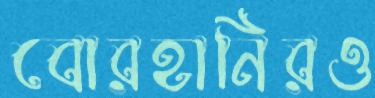
বোরহানিরও